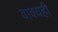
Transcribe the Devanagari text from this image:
वाक्यही